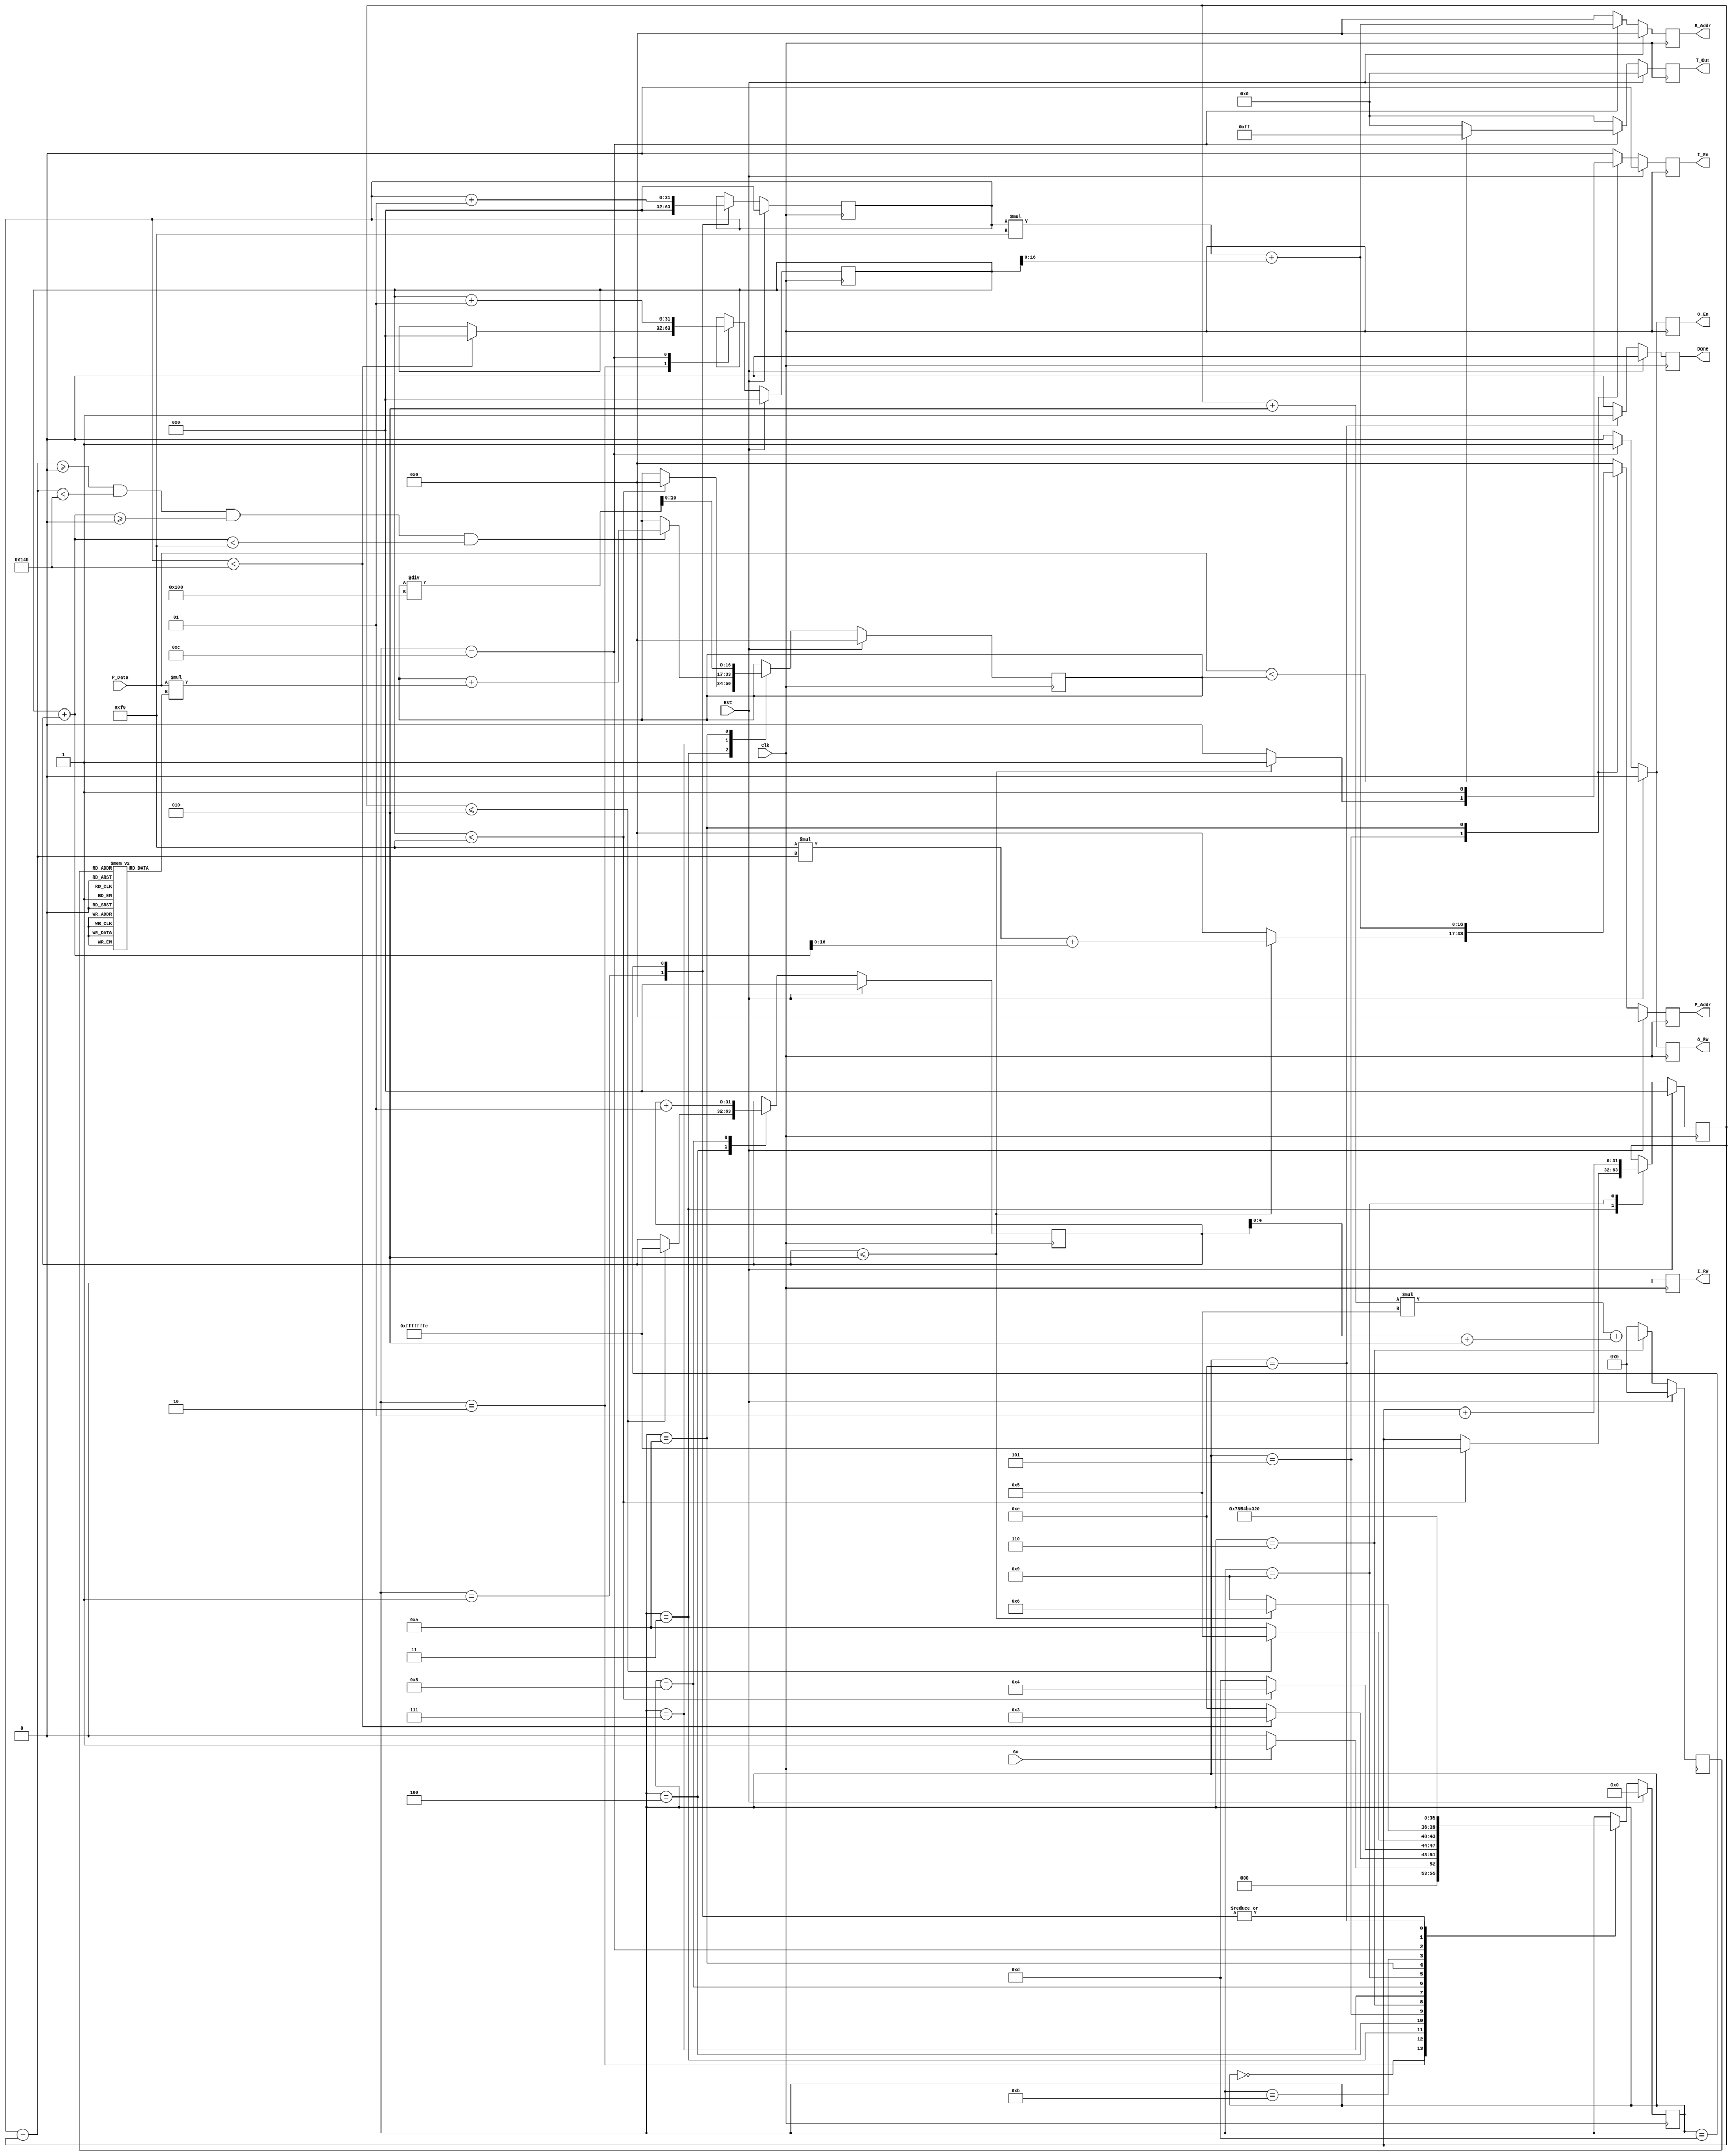
// ***********************************************************************
// TITLE       : Adaptive Thresholding
// AFFILIATION : Dept. of CS, Sookmyung Women's University 
// DESCRIPTION : Designing Adaptive Thresholding with Gaussian ALgorithm                   
// ***********************************************************************

`timescale 1 ns/1 ns

`define A_WIDTH 17
`define D_WIDTH 8
`define V_WIDTH 8

`define KSIZE 5
`define SIZE 2
`define ROW 320
`define COL 240
`define SUM 256

module Tresholding(Go, P_Addr, P_Data, B_Addr, I_RW, I_En, O_RW, O_En, Done, T_Out, Clk, Rst);

	input Go;
	input [(`D_WIDTH-1):0] P_Data;
	output reg [(`A_WIDTH-1):0] P_Addr, B_Addr;
	output reg [(`V_WIDTH-1):0] T_Out;
	output reg I_RW, I_En, O_RW, O_En, Done;
	input Clk, Rst;

	parameter S0 = 4'b0000, S1 = 4'b0001, S2 = 4'b0010, S3 = 4'b0011, 
		S4 = 4'b0100, S5 = 4'b0101, S6a = 4'b0110, S6 = 4'b0111, 
		S7 = 4'b1000, S8 = 4'b1001, S9 = 4'b1010, S10a = 4'b1011, 
		S10 = 4'b1100, S11 = 4'b1101, S12 = 4'b1110;

	reg [3:0] State;
	reg [16:0] Val;
	reg [4:0] G_Addr;
	reg [5:0] MaskGaussian [0:24]; 
	integer X, Y, I, J;

	initial begin
		MaskGaussian[0] <= 1;MaskGaussian[1] <= 4;MaskGaussian[2] <= 7;MaskGaussian[3] <= 4;MaskGaussian[4] <= 1;
		MaskGaussian[5] <= 4;MaskGaussian[6] <= 16;MaskGaussian[7] <= 26;MaskGaussian[8] <= 16;MaskGaussian[9] <= 4;
		MaskGaussian[10] <= 7;MaskGaussian[11] <= 26;MaskGaussian[12] <= 41;MaskGaussian[13] <= 26;MaskGaussian[14] <= 7;
		MaskGaussian[15] <= 4;MaskGaussian[16] <= 16;MaskGaussian[17] <= 26;MaskGaussian[18] <= 16;MaskGaussian[19] <= 4;
		MaskGaussian[20] <= 1;MaskGaussian[21] <= 4;MaskGaussian[22] <= 7;MaskGaussian[23] <= 4;MaskGaussian[24] <= 1;	
	end

	always @(posedge Clk) begin
		if(Rst == 1'b1) begin
			P_Addr <= {`A_WIDTH{1'b0}};
			B_Addr <= {`A_WIDTH{1'b0}};
			G_Addr <= {5{1'b0}};
			I_RW <= 1'b0;
			I_En <= 1'b0;
			O_RW <= 1'b0;
			O_En <= 1'b0;
			Done <= 1'b0;
			State <= S0;
			Val <= 0;
			T_Out <= 17'b0;
			X <= 0;
			Y <= 0;
			I <= 0;
			J <= 0;
		end
		else begin
			P_Addr <= {`A_WIDTH{1'b0}};
			B_Addr <= {`A_WIDTH{1'b0}};
			G_Addr <= {5{1'b0}};
			I_RW <= 1'b0;
			I_En <= 1'b0;
			O_RW <= 1'b0;
			O_En <= 1'b0;
			Done <= 1'b0;
			T_Out <= 17'b0;

			case(State)
				S0: begin
					if (Go == 1'b1)
						State <= S1;
					else
						State <= S0;
				end
				S1: begin
					Y <= 0;
					State <= S2;
				end
				S2: begin
					if (Y < `ROW) begin
						X <= 0;
						State <= S3;
					end
					else
						State <= S12;
				end
				S3: begin
					if (X < `COL) begin
						Val <= 0;
						I <= -`SIZE;
						State <= S4;
					end
					else
						State <= S11;
				end
				S4: begin
					if (I <= `SIZE) begin
						J <= -`SIZE;
						State <= S5;
					end
					else
						State <= S9;
				end
				S5: begin
					if (J <= `SIZE) begin
						P_Addr <= `COL*(Y+I)+(X+J);
						I_RW <= 0;
						I_En <= 1;
						State <= S6a;
					end
					else
						State <= S8;
				end
				S6a: begin
					G_Addr <= (I+`SIZE)*`KSIZE + (J+`SIZE);
					State <= S6;
				end
				S6: begin
					if (Y+I >= 0 && Y+I < `ROW && X+J >= 0 && X+J < `COL) begin
						Val <= Val + P_Data*MaskGaussian[G_Addr];
					end
					State <= S7;
				end
				S7: begin
					J <= J + 1;
					State <= S5;
				end
				S8: begin
					I <= I + 1;
					State <= S4;
				end
				S9: begin
					Val <= Val/`SUM;
					P_Addr <= Y*`COL + X;
					I_RW <= 0;
					I_En <= 1;
					State <= S10a;
				end
				S10a: begin
					State <= S10;
				end
				S10: begin
					T_Out <= (P_Data < Val)? 255 : 0;
					B_Addr <= Y*`COL + X;
					O_RW <= 1;
					O_En <= 1;
					X <= X + 1;
					State <= S3;
				end
				S11: begin
					Y <= Y + 1; 
					State <= S2;
				end
				S12: begin
					Done <= 1;
					State <= S0;
				end
			endcase
		end
	end

endmodule